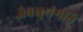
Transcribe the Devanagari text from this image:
जैवसुसंगति